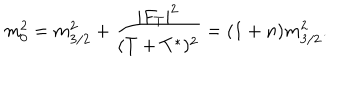
m _ { 0 } ^ { 2 } = m _ { 3 / 2 } ^ { 2 } + \frac { | F _ { T } | ^ { 2 } } { ( T + T ^ { * } ) ^ { 2 } } = ( 1 + n ) m _ { 3 / 2 } ^ { 2 } .